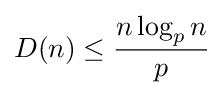
D(n)\leq {\frac {n\log _{p}n}{p}}